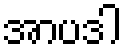
အာပဒါ